Cholera in southern India
Disease focus: Cholera
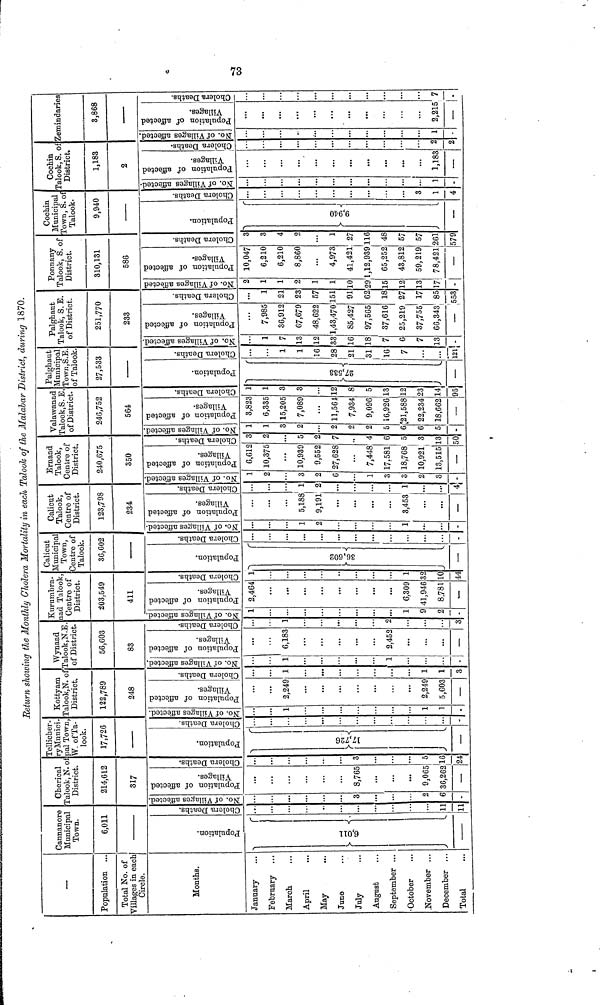
Return showing the Monthly Cholera Mortality in each Talook of the Malabar District, during 1870.
—
Population ...
Total No. of
Villages in each
Circle.
Months.
January
February
March
April
May
June
July
August
September ...
October
November ...
December ...
Total
Cannanore
Municipal
Town.
6,011
_____
Population.
6,011
Cholera Deaths.
11
11
Cherical
Talook, N. of
District.
214,612
317
No. of Villages affected.
3
2
6
-
Population of affected villages.
8,765
...
9,065
36,262
Cholera Deaths.
3
...
5
16
24
Tellicher-
ry Munici
pal Town
W. of Ta-
look.
17,726
Population.
17,726
•
Cholera Deaths.
-
Kottyam
Talook,N. of
District,
122,789
248
No. of Villages affected.
1
1
1
-
Population of affected villages.
2,249
2,249
5,603
—
Cholera Deaths.
1
1
1
3
Wynaad
Talook, N.E.
of District.
56,603
83
No. of Villages affected.
1
1
-
Population of affected villages.
6,183
2,452
...
...
—
Cholera Deaths.
1
2
••
3
Kurumbra-
nad Talook,
Centre of
District.
203,549
411
No. of Villages affected.
1
...
1
9
2
-
Population of affected villages.
2,464
...
...
6,309
41,946
8,781
—
Cholera Deaths.
••
1
32
10
44
Calicut
Municipal
Town,
Centre of
Talook.
36,602
Population.
1
36,602
•—•
Cholera Deaths.
...
...
...
...
»
-
Calicut
Talook,
Centre of
District.
123,798
234
No. of Villages affected.
••
••
1
2
1
Population of affected villages.
...
...
5,188
9,191
...
...
3,453
—
Cholera Deaths.
•.
1
2
...
»
1
4
Ernaad
Talook,
Centre of
District.
240,675
350
No. of Villages affected.
1
2
3
2
6
1
3
3
2
3
-
Population of affected villages.
6,612
10,375
10,939
9,552
27,628
7,448
17.581
18,768
10,921
13,515
— 50
Cholera Deaths.
3
2
5
2
7
4
6
5
3
13
Valawanad
Talook,S. E,
of District.
246,752
564
No. of Villages affected.
1
1
3
2
2
2
2
5
6
6
5
Population of affected villages.
3,828
6,335
15,205
7,089
...
11,564
7,934
9,096
16,926
21,588
22,234
18,662
—
Cholera Deaths.
1
3
3
12
8
5
3
12
23
14
95
Palghaut
Municipal
Town, S.E
of Talook.
27,533
Population.
1
27,533
Cholera Deaths.
1
1
16
28
21
31
16
7
121
Palghaut
Talook, S. E.
of District.
251,770
233
No. of Villages affected.
1
7
13
12
33
16
8
7
6
7
13
•
Population of affected villages.
7,985
36,912
67,679
48,622
1,43,470
85,427
97,565
37,616
25,219
37,755
66,343
1
!
Cholera Deaths.
1
21
23
57
151
91
62
18
27
17
85
553
Ponnany
Talook, S. of
District.
310,131
586
No. of Villages affected.
2
1
1
2
1
1
L0
291
15
12
13
17
-
Population of affected villages.
10,047
6,210
6,210
8,860
...
4,973
41,421
1,12,939
65,252
43,812
59,219
78,421
1
Cholera Deaths.
3
3
4
2
1
27
116
48
57
57
261
579
Cochin
Municipal
Town, S. of
Talook.
9,940
Population.
Cholera Deaths.
9,940
3
1
4
Cochin
Talook, S. of
District.
1,183
2
No. of Villages affected.
•
1
-
Population of affected villages.
...
1,183
—
Cholera Deaths.
2
2
Zemindaries
3,868
No. of Villages affected.
-
1
Population of affected village
2,215
-
Cholera Deaths.
7
-
73